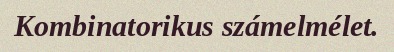
Kombinatorikus számelmélet.